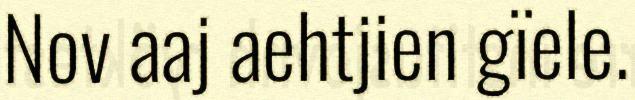
Nov aaj aehtjien gïele.